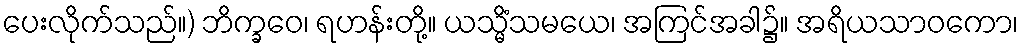
ပေးလိုက်သည်။) ဘိက္ခဝေ၊ ရဟန်းတို့။ ယသ္မိံသမယေ၊ အကြင်အခါ၌။ အရိယသာဝကော၊